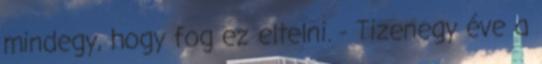
mindegy, hogy fog ez eltelni. - Tizenegy éve a